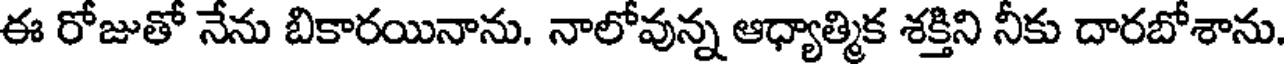
ఈ రోజుతో నేను బికారయినాను. నాలోవున్న ఆధ్యాత్మిక శక్తిని నీకు దారబోశాను